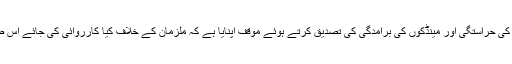
ڈی ایس پی شاہدرہ نے ملزمان کی حراستگی اور مینڈکوں کی برآمدگی کی تصدیق کرتے ہوئے موقف اپنایا ہے کہ ملزمان کے خلاف کیا کارروائی کی جائے اس ضمن میں جلد فیصلہ کرلیں گے۔